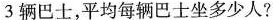
3辆巴士，平均每辆巴士坐多少人?